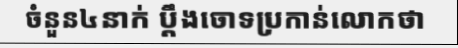
ចំនួន៤នាក់ ប្តឹងចោទប្រកាន់លោកថា